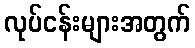
လုပ်ငန်းများအတွက်